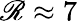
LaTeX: \mathscr{R}\approx7